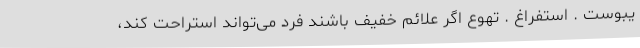
یبوست . استفراغ . تهوع اگر علائم خفیف باشند فرد می‌تواند استراحت کند،